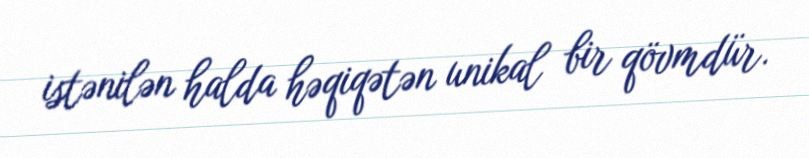
istənilən halda həqiqətən unikal bir qövmdür.